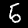
Digit: 5